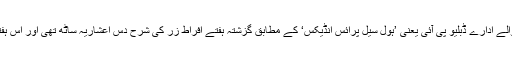
غذائی اشیاء کی قیمتوں پر نظر رکھنے والے ادارے ڈبلیو پی آئی یعنی ’ہول سیل پرائس انڈیکس‘ کے مطابق گزشتہ ہفتے افراط زر کی شرح دس اعشاریہ ساٹھ تھی اور اس ہفتے یہ گیارہ اعشاریہ تینتالیس ہوگئي ہے۔